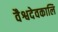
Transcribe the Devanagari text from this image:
वैश्वदेवकालि